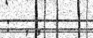
: